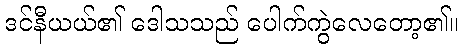
ဒင်နီယယ်၏ ဒေါသသည် ပေါက်ကွဲလေတော့၏။